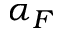
\alpha _ { F }